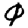
Digit: 0